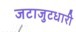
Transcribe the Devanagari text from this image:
जटाजुटधारी